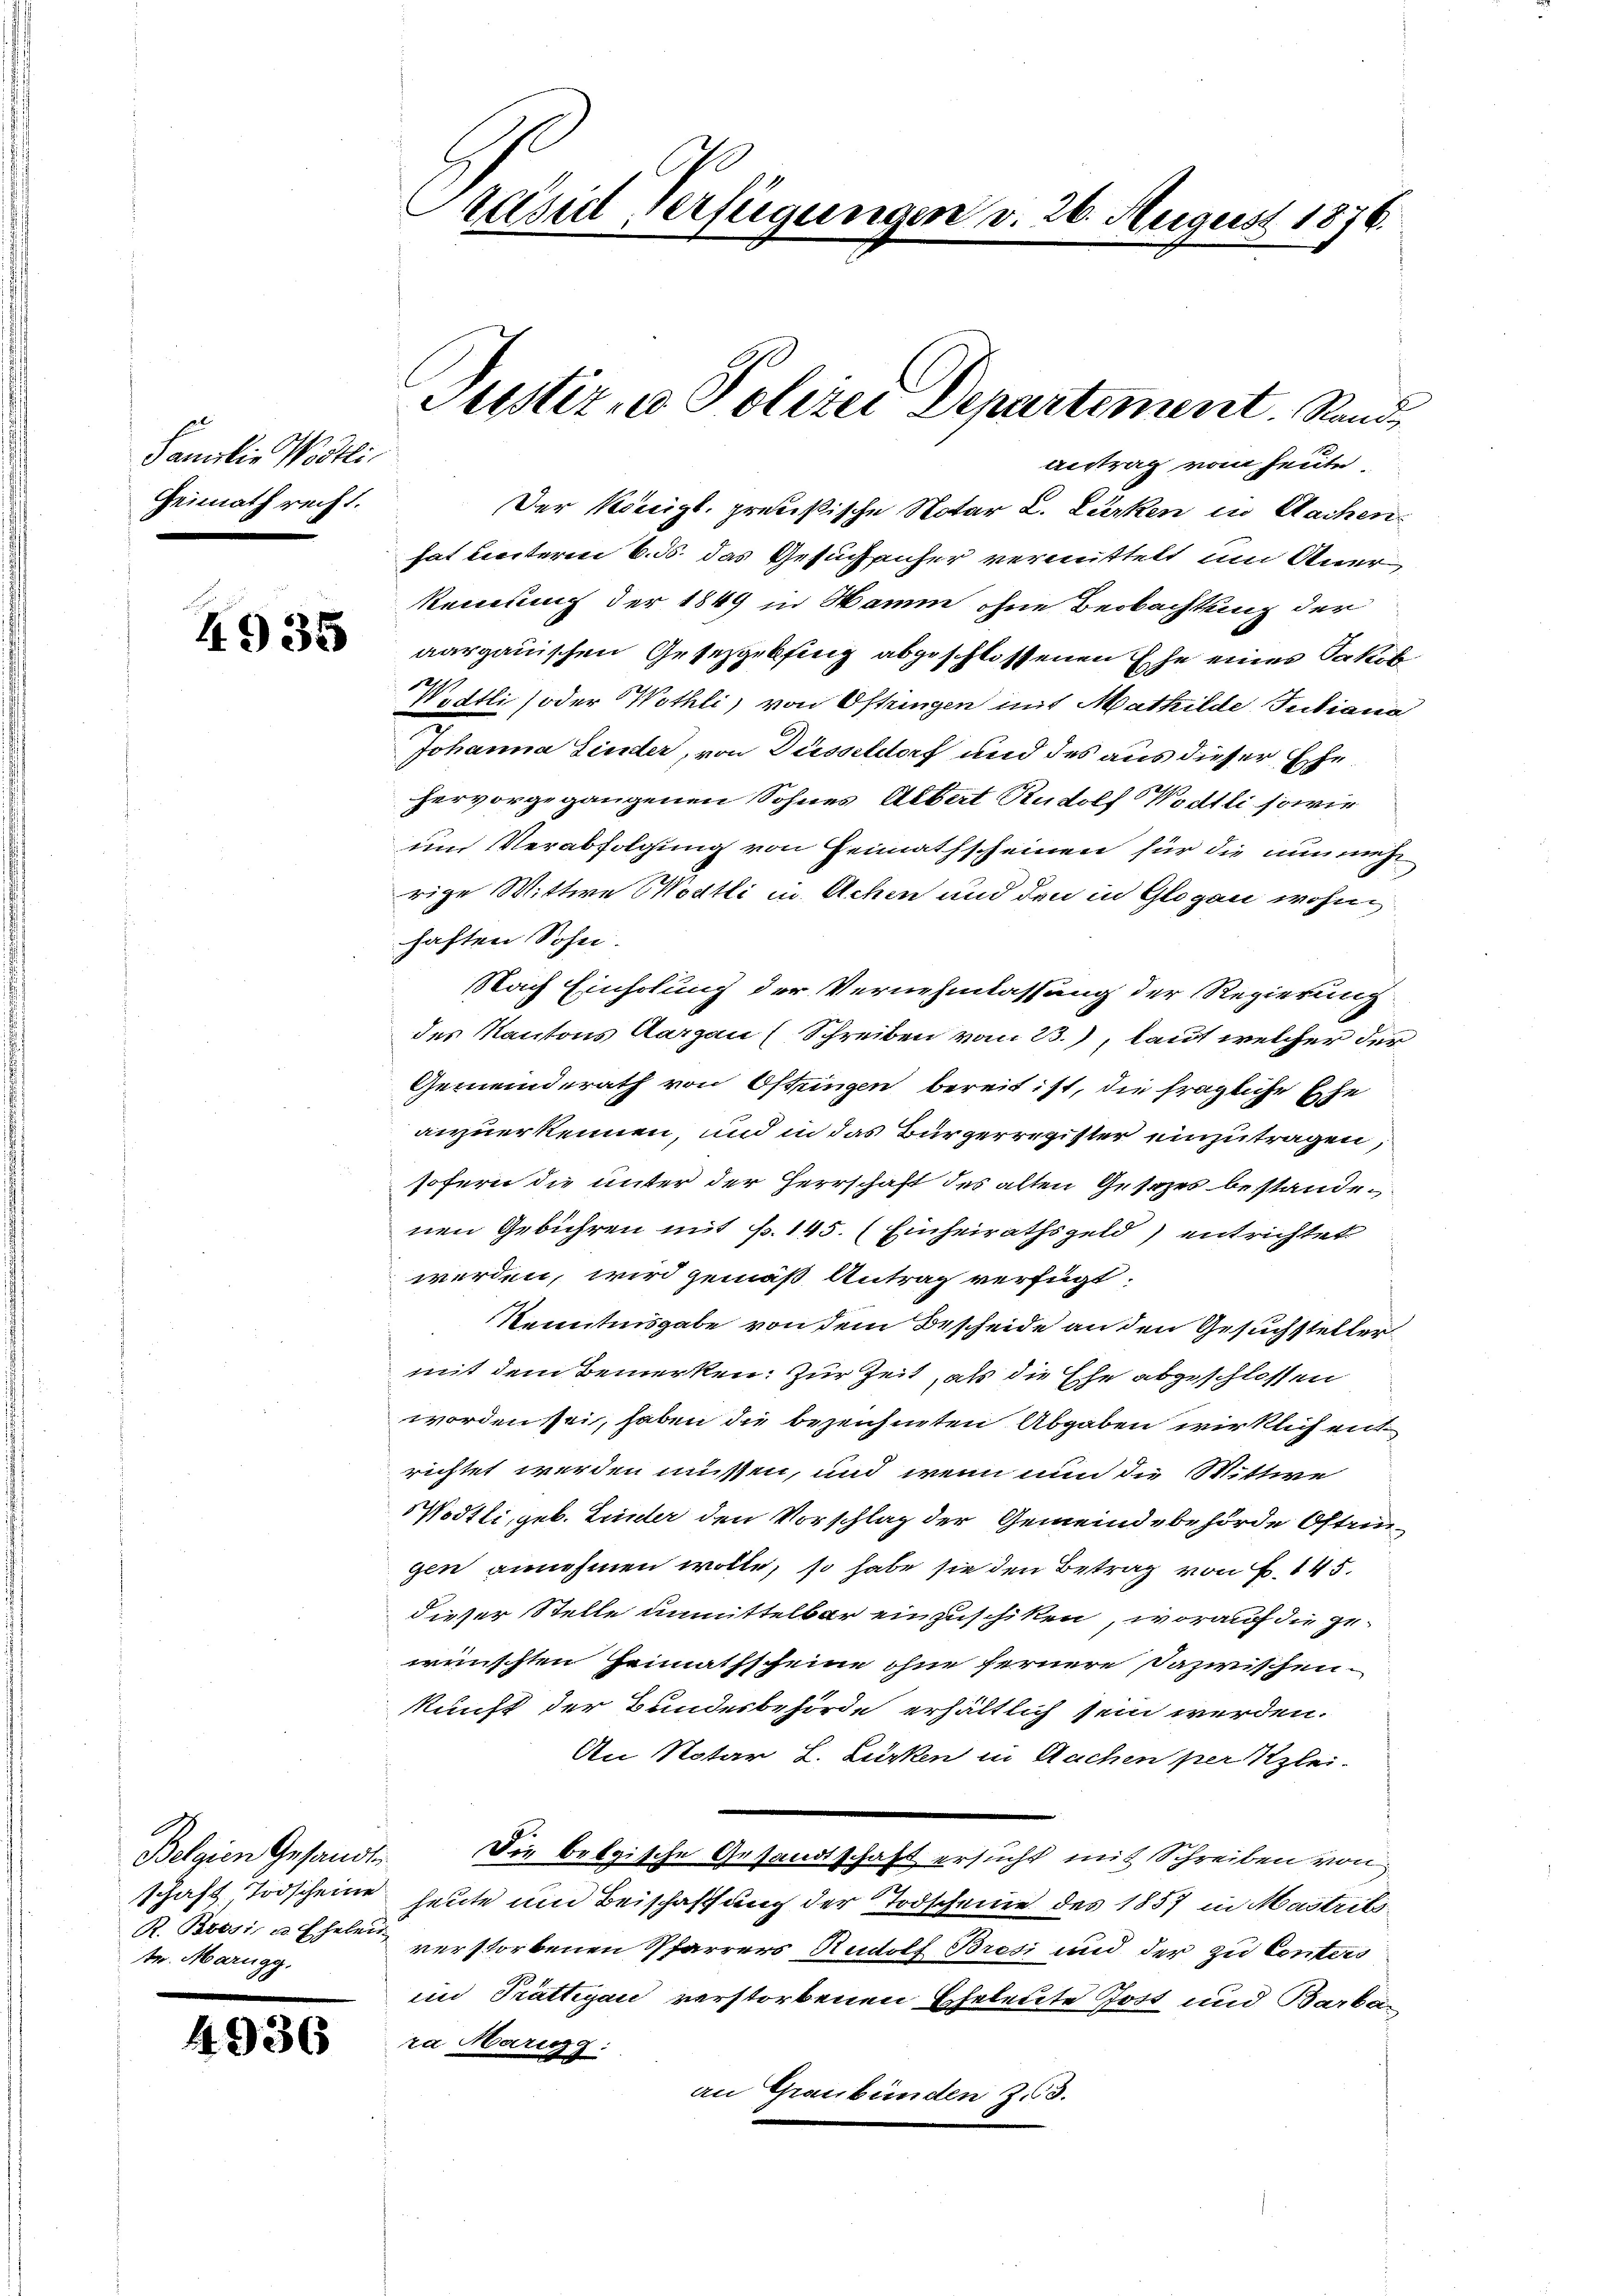
Familie Wortli
Heimath recht.

Belgien Gesandt
tr. Marigg.

4936

Der Königl. preußische Notar L. Zurken in Sachenhat unterm 6. 35. das Gesuchenfer vermittelt u Aner
kennung der 1849 in Hamm ohne Beobachtung der
 aargauischen Gesetzgebsing abgeschlossenen Ehe eines Jakob
Wietli (oder Wethli, von Oftringen mit Mathilde Juliana
Johanna Finder, von Düsseldorf und des aus dieser Ehehervorgegangenen Sohnes Albert Rudolf Wödtli sowie
und Verabfolgung von Heimathscheinen für die nunmehr
rige Wittwe Wortli in Achen und den in Glogau wohnhaften Sohn.
Nach Einholung der Vernehmlassung der Regierung
des Kantons Aargau (Schreiben vom 23.), laut welcher der
Gemeinderath von Oftringen bereit ist, die fragliche Ehe
anzuerkennen, und in das Bürgerregister einzutragen,
sofern die unter der Herrschaft des alten Gesezes bestande
nen Gebühren mit p. 145. (Einheirathsgeld entrichtet
werden, wird gemäß Antrag verfügt.
Kenntnisgabe von dem Bescheide an den Gesuchsteller
mit dem Bemerken: Zur Zeit, als die Ehe abgeschlossen
worden sei, haben die bezeichneten Abgaben wirklich entrichtet werden müssen, und wenn nun die Wittwe
Mödtli, geb. Linder den Vorschlag der Gemeindebehörde Ostengen annehmen wolle, so habe sie den Betrag von F. 145.
dieser Stelle unmittelbar einzuschiken, worauf die gewünschten Heimathscheine ohne fernere Dazwischen.
kunft der Bundesbehörde erhältlich sein werden.
An Notar L. Lürken in Aachen per Klei¬
Die belgische Gesandtschaft ersucht mit Schreiben von
schaft Todscheine heute um Beischaffung der Todscheine des 1857 in Mastrit
R. Brosi, u. Ehelen verstorbenen Pfarrers Rudolf Bresi und der zu Conters
im Prättigau verstorbenen Eheleute Post und Barbara Marigg:
an Graubünden 23.

Präsid verfügungen v. 26. August 1876.

Justiz u. Polizei Departement. Rand
antrag vom heute,